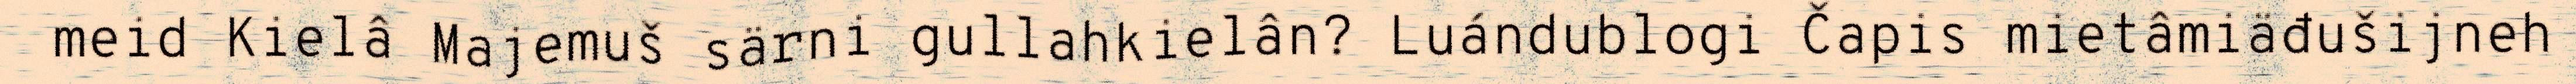
meid Kielâ Majemuš särni gullahkielân? Luándublogi Čapis mietâmiäđušijneh